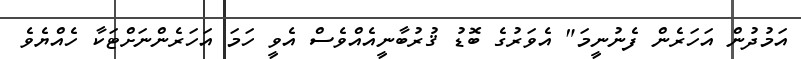
އަމުދުން އަހަރެން ފެނުނީމަ" އެވަރުގެ ބޮޑު ޤުރުބާނީއެއްވެސް އެވީ ހަމަ އަހަރެންނަށްޓަކާ ހެއްޔެވެ